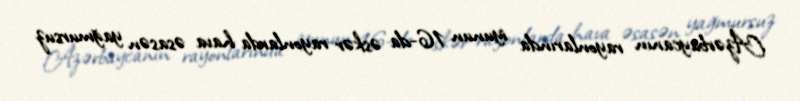
Azərbaycanın rayonlarında iyunun 16-da əskər rayonlarda hava əsasən yağmursuz